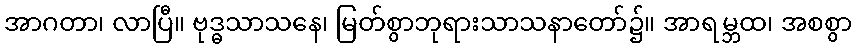
အာဂတာ၊ လာပြီ။ ဗုဒ္ဓသာသနေ၊ မြတ်စွာဘုရားသာသနာတော်၌။ အာရမ္ဘထ၊ အစစွာ